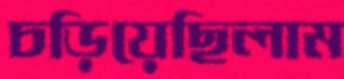
চড়িয়েছিলাম